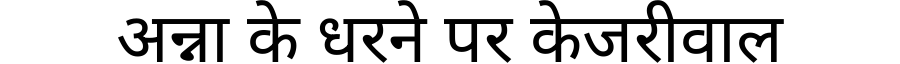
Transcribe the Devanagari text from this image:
अन्ना के धरने पर केजरीवाल